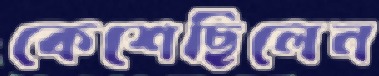
কেশেছিলেন